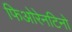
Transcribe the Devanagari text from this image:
फिओरेनटिनो